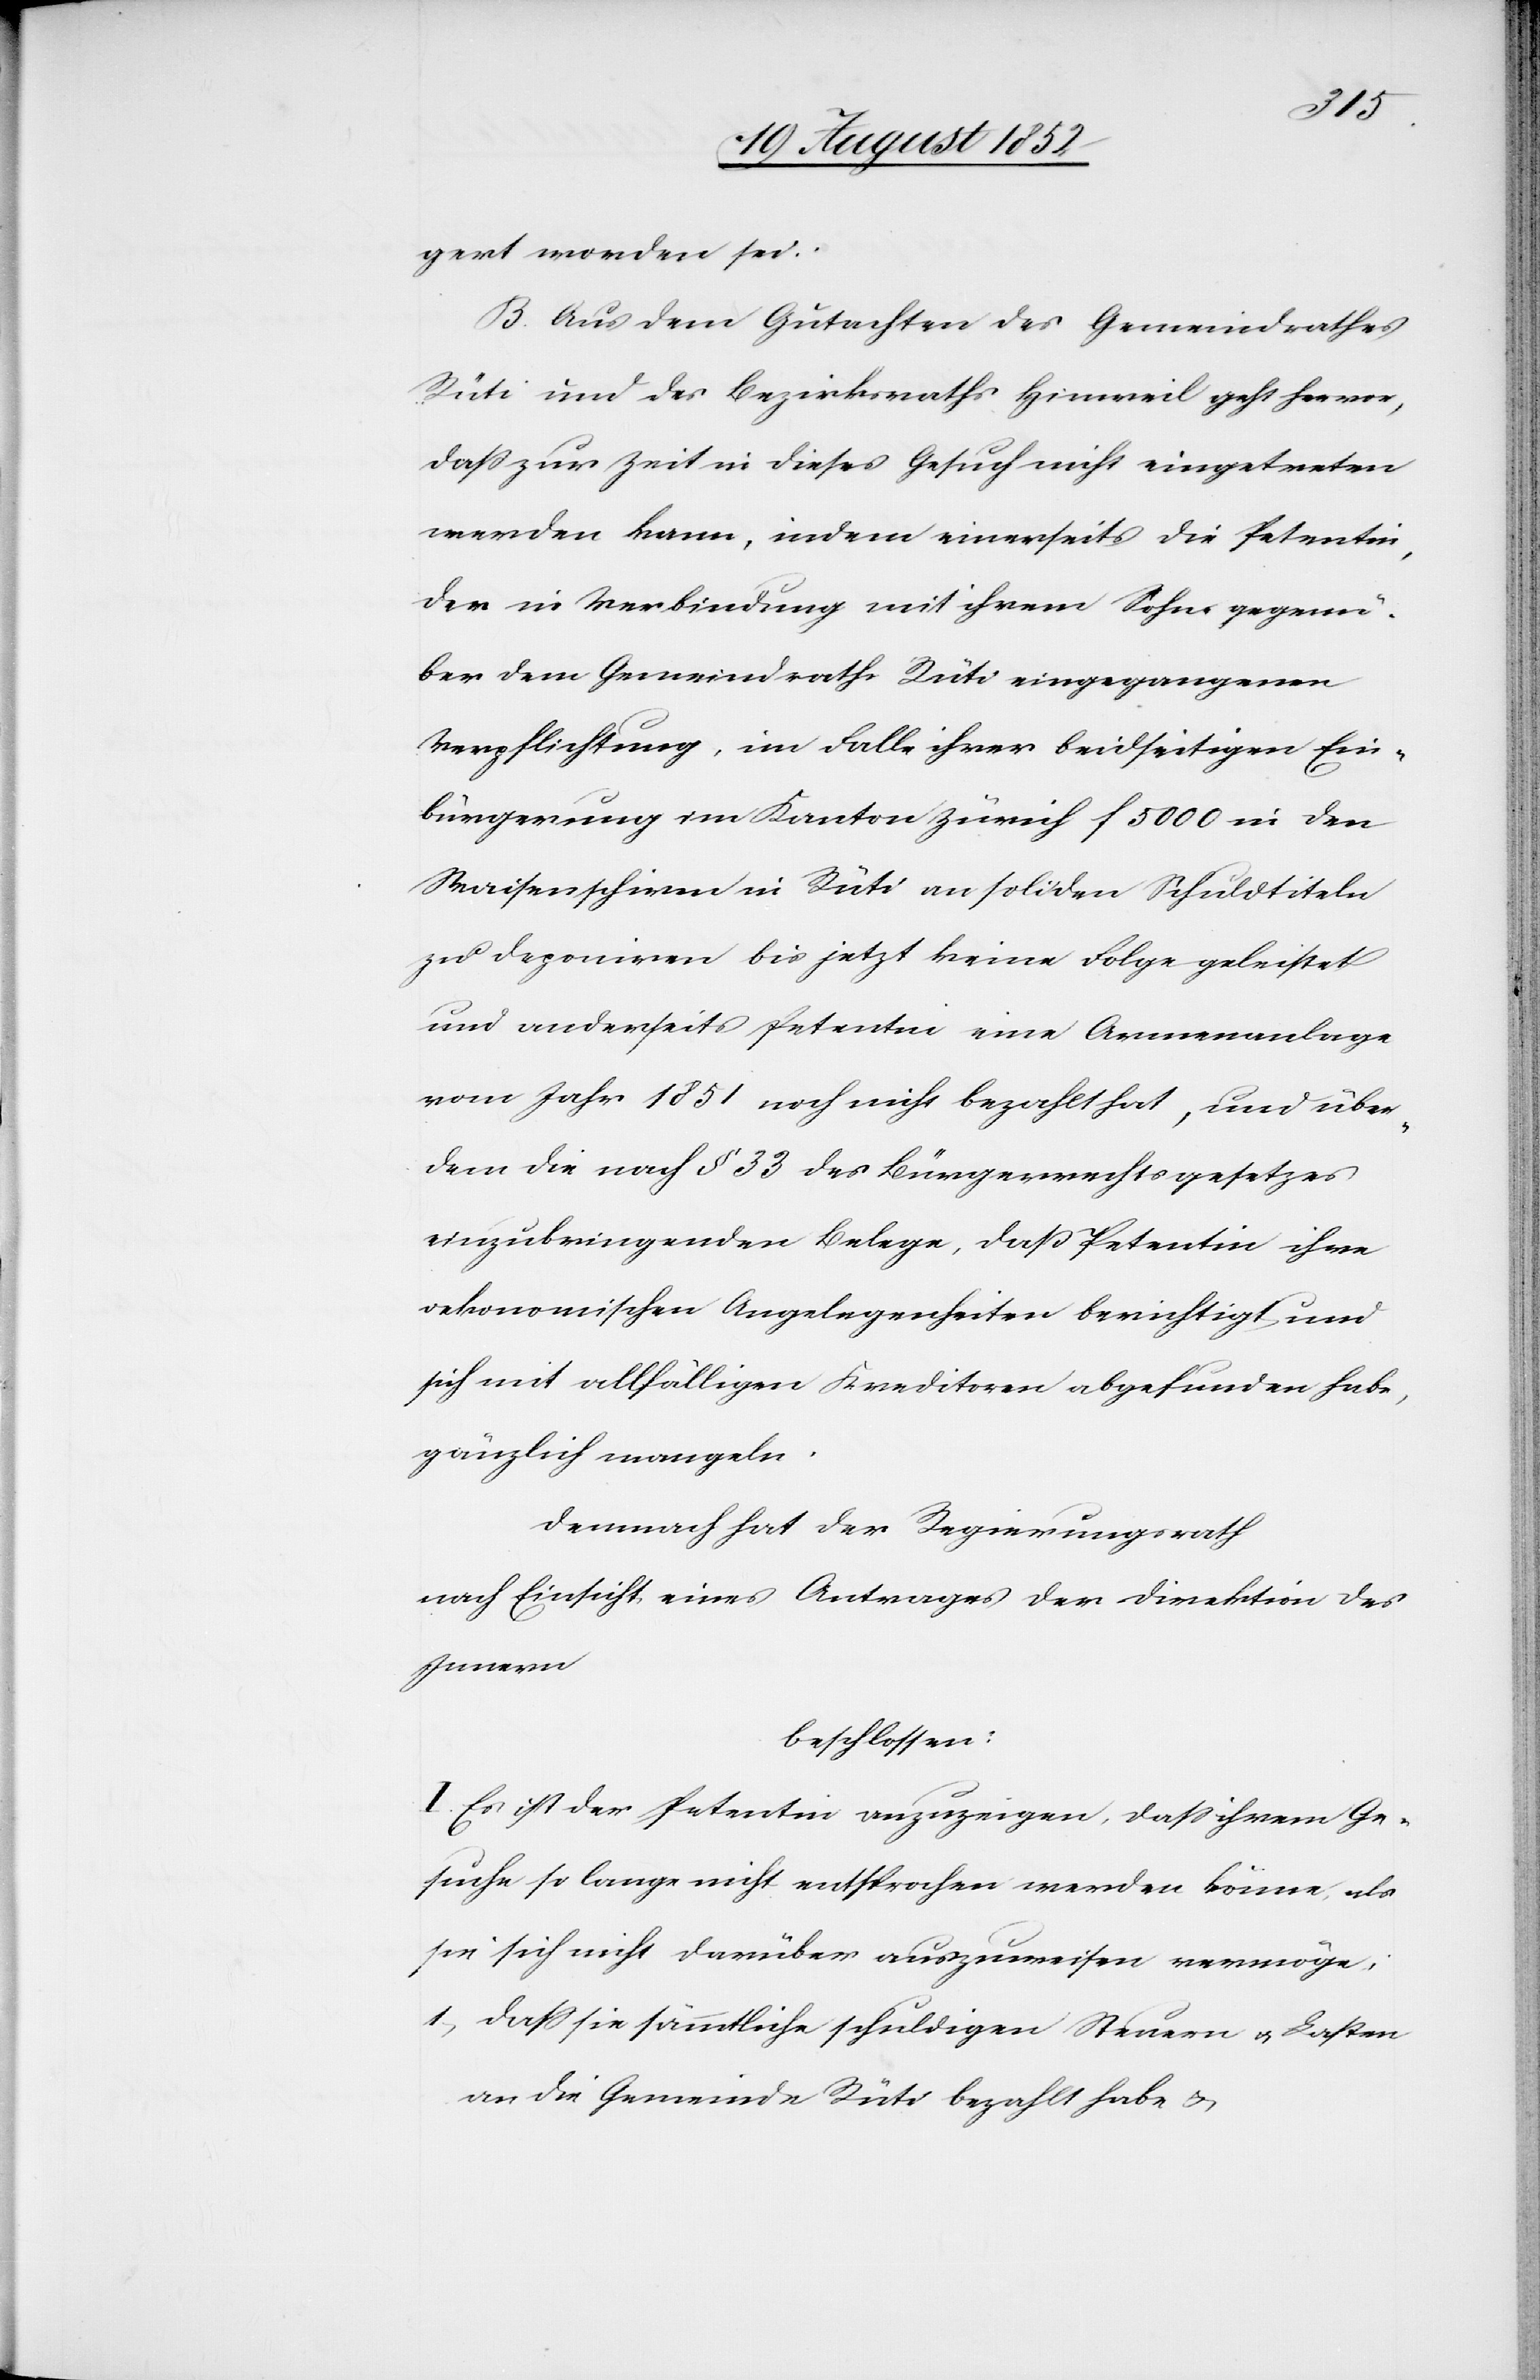
gert worden sei.
B. Aus dem Gutachten des Gemeindrathes
Rüti und des Bezirksraths Hinweil geht hervor,
daß zur Zeit in dieses Gesuch nicht eingetreten
werden kann, indem einerseits die Petentin,
der in Verbindung mit ihrem Sohn gegenü¬
ber dem Gemeindrathe Rüti eingegangenen
Verpflichtung, im Falle ihrer beidseitigen Ein¬
bürgerung im Kanton Zürich f 5000 in den
Waisenschirm in Rüti an soliden Schuldtiteln
zu deponiren bis jetzt keine Folge geleistet
und anderseits Petentin eine Armenanlage
vom Jahr 1851 noch nicht bezahlt hat, und über¬
dem die nach § 33 des Bürgerrechtsgesetzes
einzubringenden Belege, daß Petentin ihre
oekonomischen Angelegenheiten berichtigt und
sich mit allfälligen Kreditoren abgefunden habe,
gänzlich mangeln.
Demnach hat der Regierungsrath
nach Einsicht eines Antrages der Direktion des
Innern
beschlossen:
I. Es ist der Petentin anzuzeigen, dass ihrem Ge¬
suche so lange nicht entsprochen werden könne, als
sie sich nicht darüber auszuweisen vermöge:
dass sie sämmtliche schuldigen Steuern & Lasten
an die Gemeinde Rüti bezahlt habe &